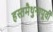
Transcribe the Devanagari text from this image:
हस्तमैथुनापूर्वी